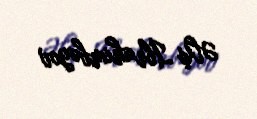
Əliş İbrahimbəyov